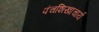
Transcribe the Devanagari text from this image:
पंचशिखाचार्य